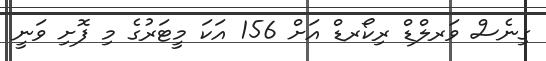
ގިނެސް ވަރލްޑް ރިކޯރޑް އަށް 156 އަކަ މީޓަރުގެ މި ފޮށި ވަނީ